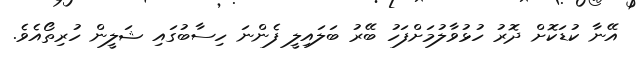
އޭނާ ކުޑަކޮށް ދޮރު ހުޅުވާލުމަށްފަހު ބޭރު ބަލައިލީ ފެންނަ ހިސާބުގައި ޝަލީން ހުރިތޯއެވެ.